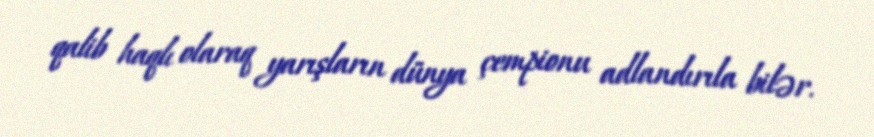
qalib haqlı olaraq yarışların dünya çempionu adlandırıla bilər.